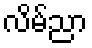
လိမ်ညာ